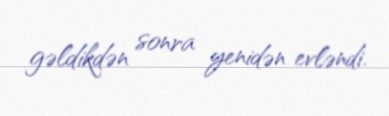
gəldikdən sonra yenidən evləndi.